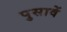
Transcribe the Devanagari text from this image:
पुसावें